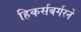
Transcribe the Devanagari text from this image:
हिकर्सबर्गरने